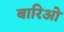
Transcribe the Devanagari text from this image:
बारिओ